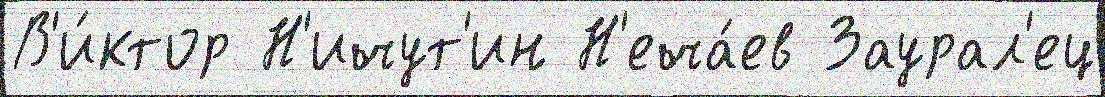
В'и́ктор Н'ичут'ин Н'еча́ев Заурал'ец